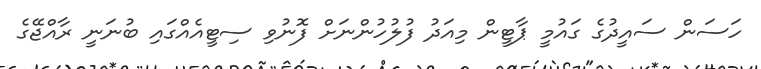
ހަސަން ސައީދުގެ ގައުމީ ޕާޓީން މިއަދު ފުލުހުންނަށް ފޮނުވި ސިޓީއެއްގައި ބުނަނީ ރާއްޖޭގެ